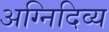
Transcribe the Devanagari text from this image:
अग्निदिव्य